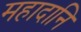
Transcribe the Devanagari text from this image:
महादानि